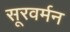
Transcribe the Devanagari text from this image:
सूरवर्मन